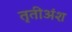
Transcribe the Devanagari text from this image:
तृतीअंश